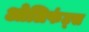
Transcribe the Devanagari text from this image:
ओलिफंट्स